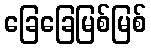
ခြေခြေမြစ်မြစ်